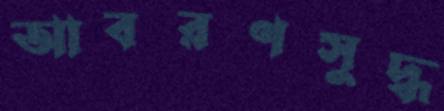
আবরণসুদ্ধ